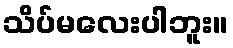
သိပ်မလေးပါဘူး။